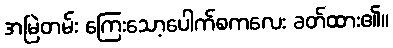
အမြဲတမ်း ကြေးသော့ပေါက်စကလေး ခတ်ထား၏။